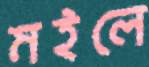
মইলে